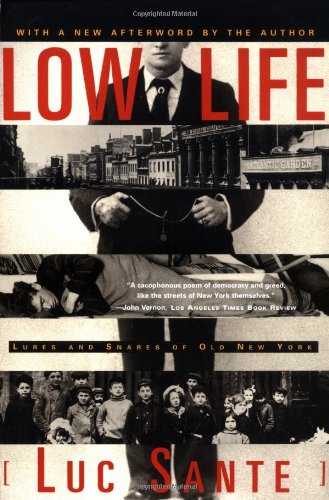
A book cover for Low Life: Lures and Snares of Old New York; Luc Sante; Politics & Social Sciences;